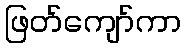
ဖြတ်ကျော်ကာ